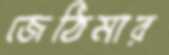
জেঠিমার